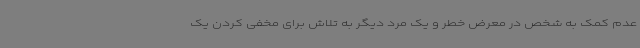
عدم کمک به شخص در معرض خطر و یک مرد دیگر به تلاش برای مخفی کردن یک